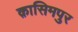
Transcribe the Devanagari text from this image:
क़ासिमपुर